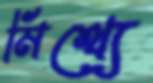
মিথ্যে